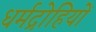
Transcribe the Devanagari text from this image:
धर्मद्रोहियों